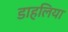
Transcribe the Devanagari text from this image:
डाहलिया